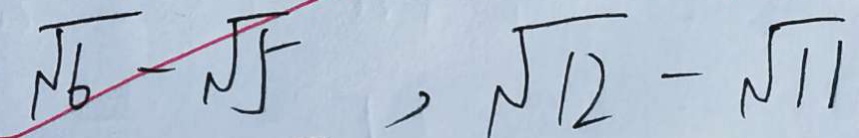
\sqrt { 6 } - \sqrt { 5 } , \sqrt { 1 2 } - \sqrt { 1 1 }